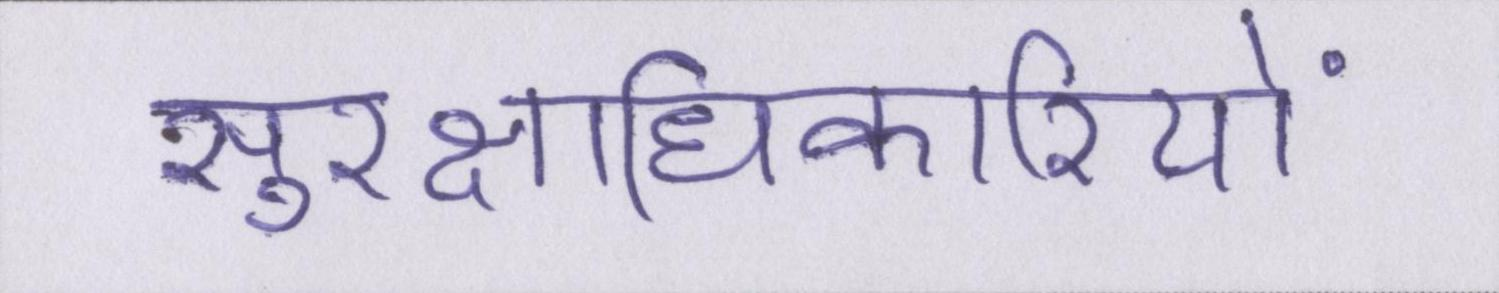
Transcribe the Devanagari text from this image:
सुरक्षाधिकारियों